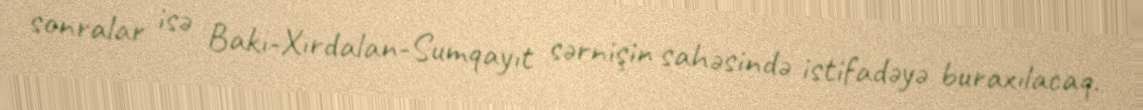
sonralar isə Bakı-Xırdalan-Sumqayıt sərnişin sahəsində istifadəyə buraxılacaq.